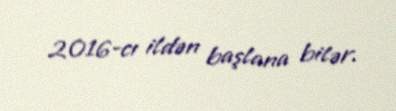
2016-cı ildən başlana bilər.